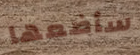
سأضعها